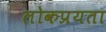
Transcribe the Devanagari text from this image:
लोकप्रयता